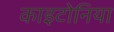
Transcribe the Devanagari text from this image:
काइटोनिया